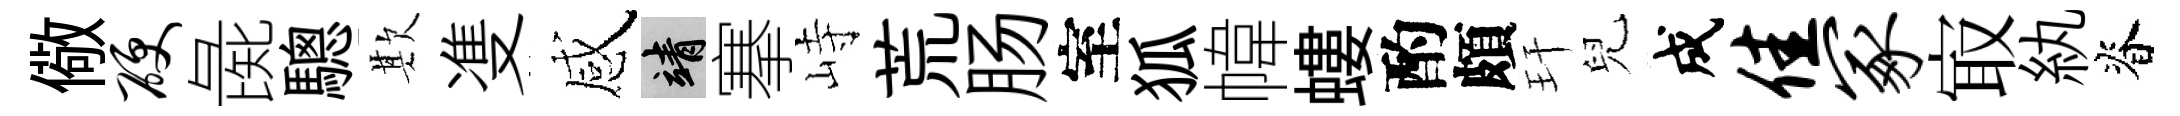
儆硬彘驄欺㕠感靖搴峙荒肠室狐幃螻酌頗玕兒成佳冢㝡紈脊